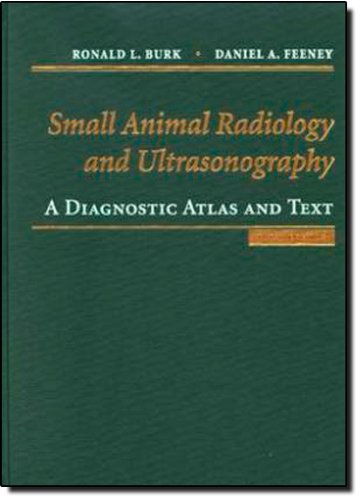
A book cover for Small Animal Radiology and Ultrasound: A Diagnostic Atlas and Text, 3e; Ronald Burk; Medical Books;